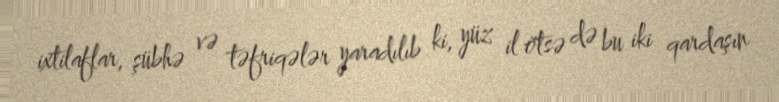
ixtilaflar, şübhə və təfriqələr yaradılıb ki, yüz il ötsə də bu iki qardaşın